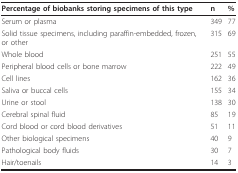
| Percentage of biobanks storing specimens of this type | n | % |
 | --- | --- | --- |
 | Serum or plasma | 349 | 77 |
 | Solid tissue specimens, including paraffin-embedded, frozen, or other | 315 | 69 |
 | Whole blood | 251 | 55 |
 | Peripheral blood cells or bone marrow | 222 | 49 |
 | Cell lines | 162 | 36 |
 | Saliva or buccal cells | 155 | 34 |
 | Urine or stool | 138 | 30 |
 | Cerebral spinal fluid | 85 | 19 |
 | Cord blood or cord blood derivatives | 51 | 11 |
 | Other biological specimens | 40 | 9 |
 | Pathological body fluids | 30 | 7 |
 | Hair/toenails | 14 | 3 |